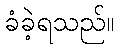
ခံခဲ့ရသည်။